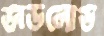
ডাউলোড